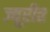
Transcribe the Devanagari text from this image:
ज्यूरीत